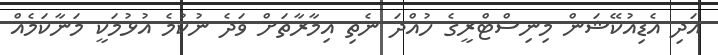
އަދި އެޑިއުކޭޝަން މިނިސްޓްރީގެ ހުއްދަ ނެތި އިމާރާތަށް ވަދެ ނުކުމެ އުޅުމަކީ މަނާކަމެއް